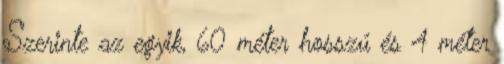
Szerinte az egyik, 60 méter hosszú és 4 méter